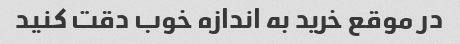
در موقع خرید به اندازه خوب دقت کنید